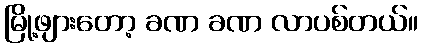
မြို့ဖျားတော့ ခဏ ခဏ လာပစ်တယ်။